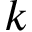
k